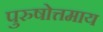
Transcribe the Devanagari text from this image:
पुरुषोत्तमाय